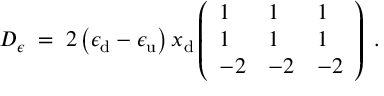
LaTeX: D _ { \epsilon } \; = \; 2 \left( \epsilon _ { \mathrm { d } } - \epsilon _ { \mathrm { u } } \right) x _ { \mathrm { d } } \left( \begin{array} { l l l } { { 1 } } & { { 1 } } & { { 1 } } \\ { { 1 } } & { { 1 } } & { { 1 } } \\ { { - 2 } } & { { - 2 } } & { { - 2 } } \end{array} \right) \; .